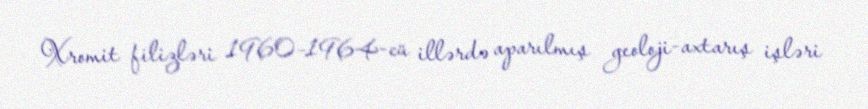
Xromit filizləri 1960–1964-cü illərdə aparılmış geoloji-axtarış işləri